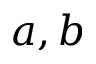
a , b